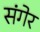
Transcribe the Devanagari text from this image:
संगेर